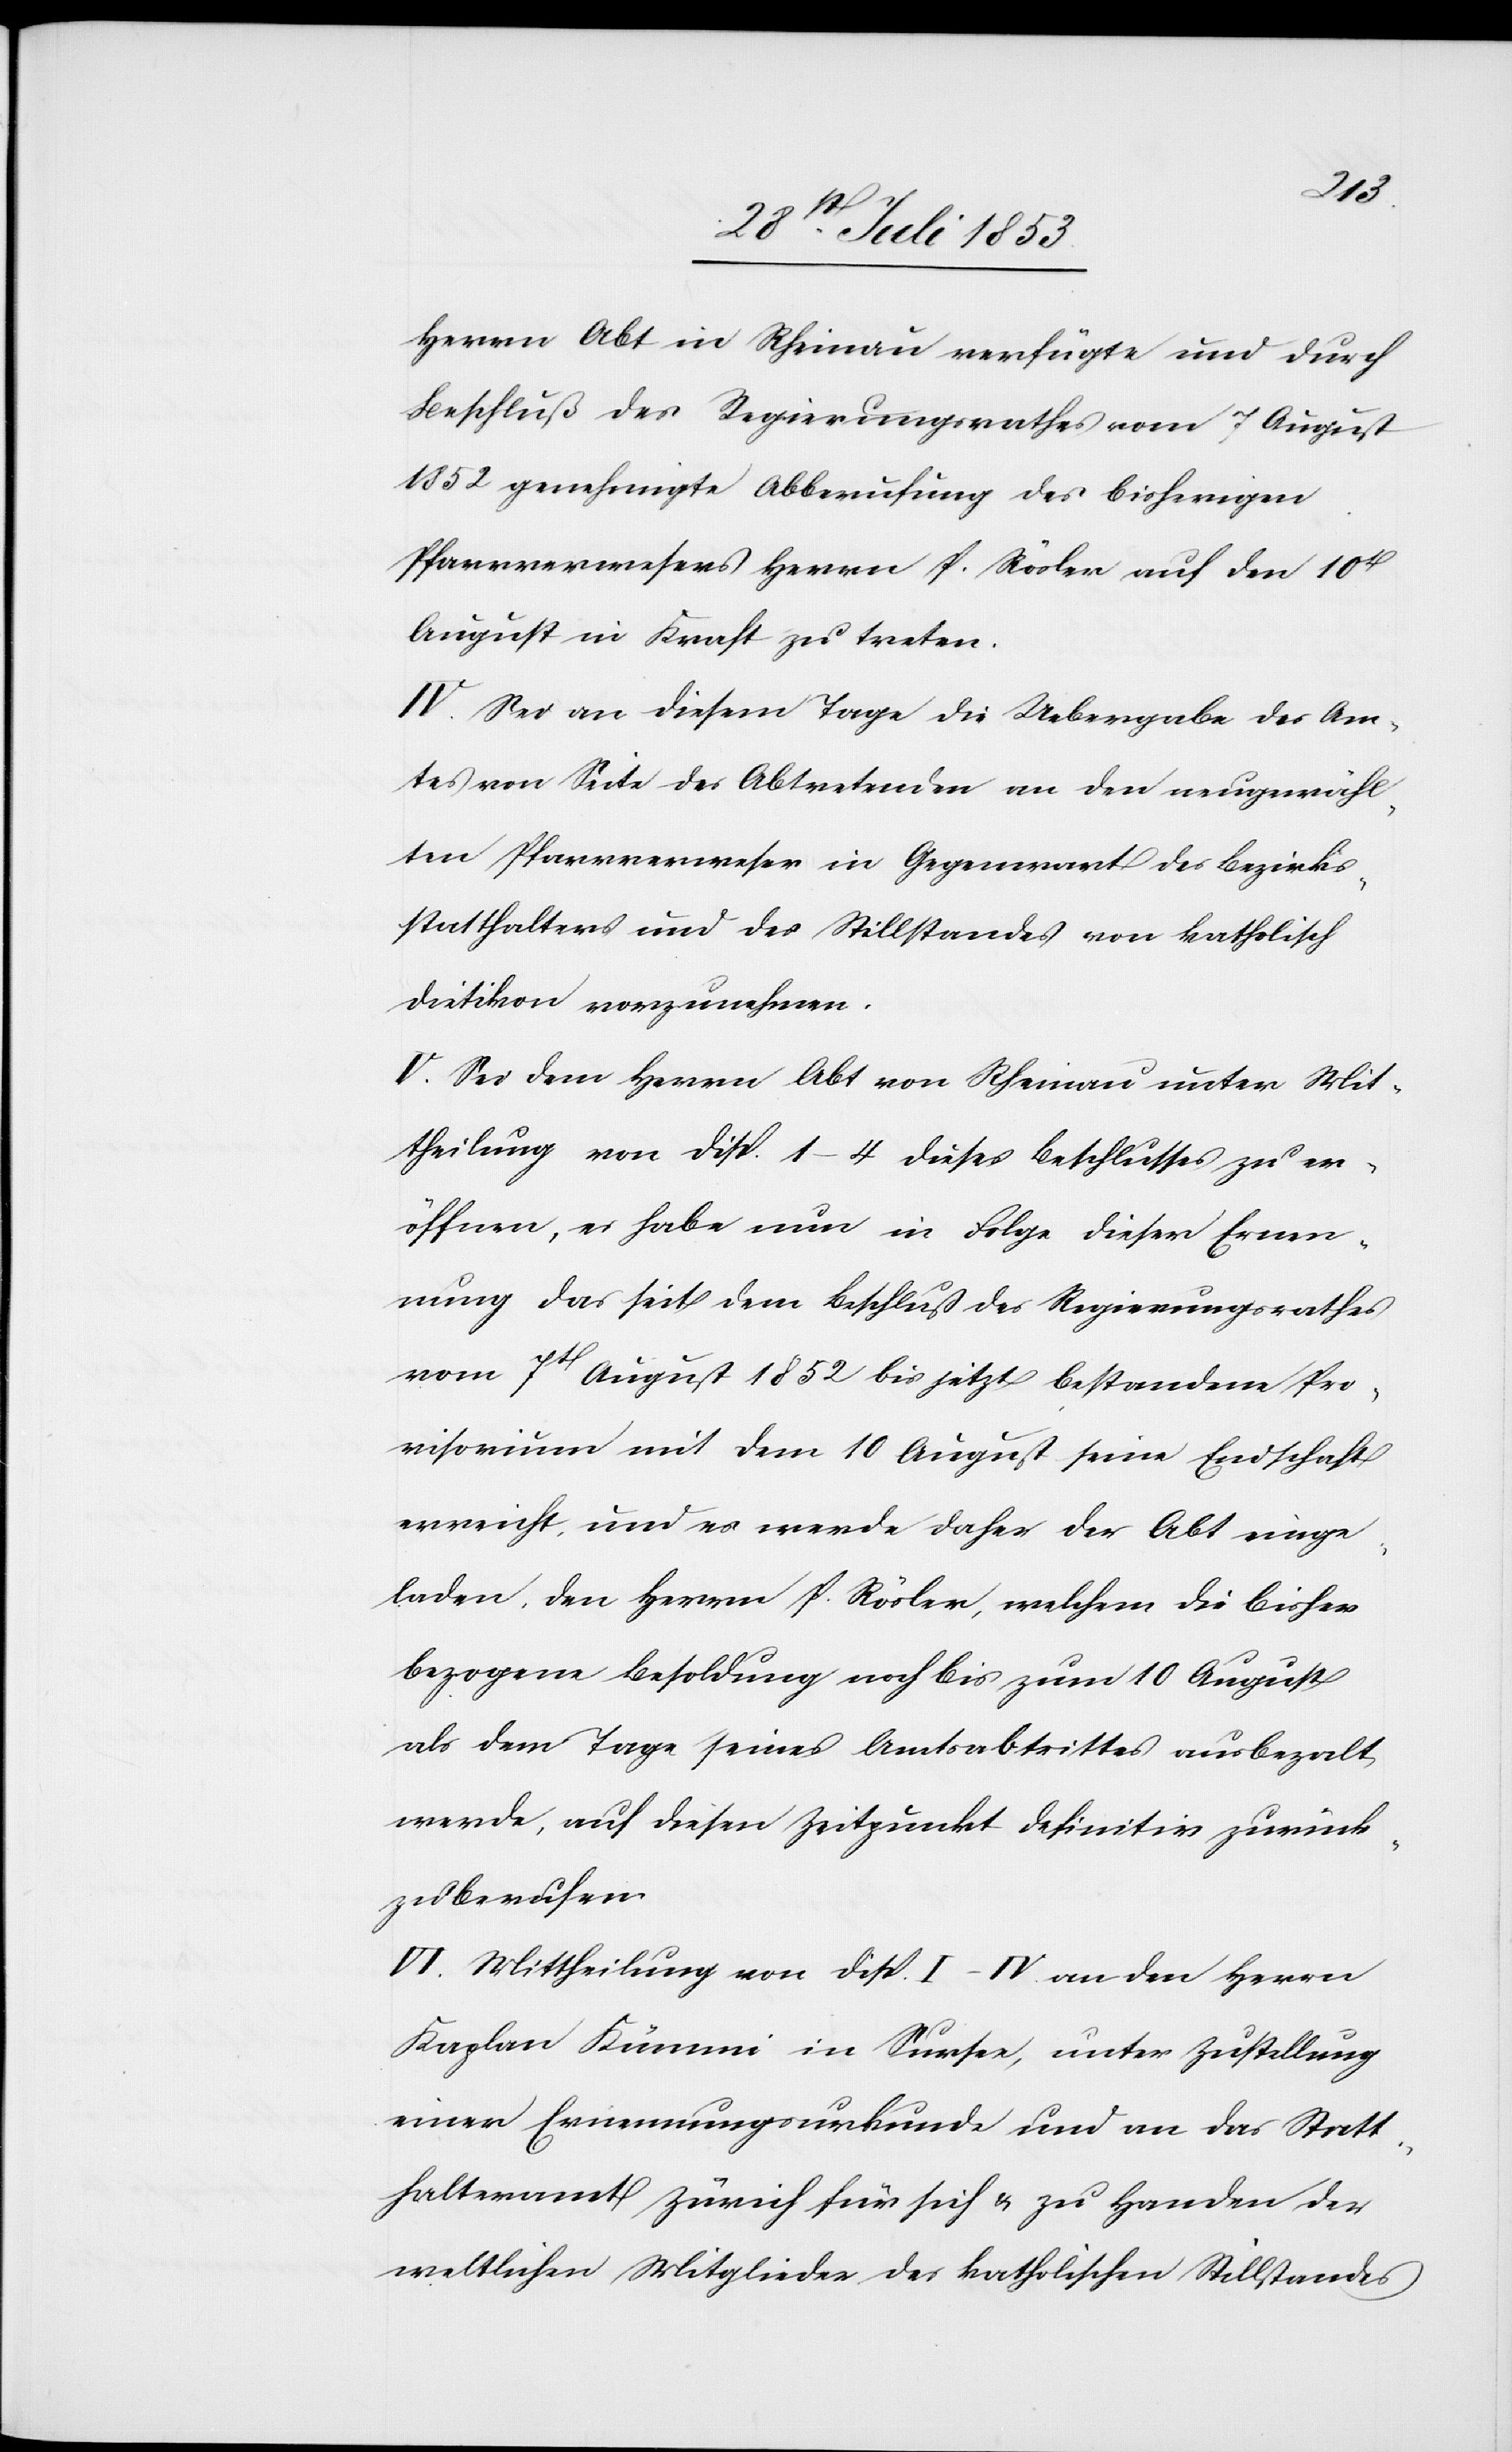
Herrn Abt in Scheinau verfügte und durch
Beschluß des Regierungsrathes vom 7 August
1852 genehmigte Abberufung des bisherigen
Pfarrverwesers Herrn P. Röder auf den 10t
August in Kraft zu treten.
IV. Sei an diesem Tage die Uebergabe des Am¬
tes von Seite des Abtretenden an den neugewähl¬
ten Pfarrverweser in Gegenwart des Bezirks¬
statthalters und des Stillstandes von katholisch
Dietikon vorzunehmen.
V. Sei dem Herrn Abt von Scheinau unter Mit¬
theilung von Disp. 1–4 dieses Beschlusses zu er¬
öffnen, es habe nun in Folge dieser Ernen¬
nung das seit dem Beschluß des Regierungsrathes
vom 7t August 1852 bis jetzt bestandene Pro¬
visorium mit dem 10 August seine Endschaft
erreicht, und es werde daher der Abt einge¬
laden, den Herrn P. Rösler, welchem die bisher
bezogene Besoldung noch bis zum 10 August
als dem Tage seines Amtsabtrittes ausbezalt
werde, auf diesen Zeitpunkt definitiv zurück¬
berufen.
IV. Mittheilung von Disp. I–IV an den Herrn
Kaplan Kümmi in Sursee, unter Zustellung
einer Ernennungsurkunde und an das Statt¬
halteramt Zürich für sich u. zu Handen der
weltlichen Mitglieder des katholischen Stillstandes